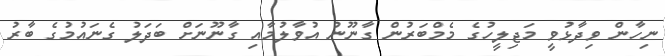
ނިހާން ވިދާޅުވީ މަޖިލީހުގެ މެމްބަރުން ގާނޫނު އުވާލުމާއި ގާނޫނަށް ބަދަލު ގެނައުމުގެ ބާރު